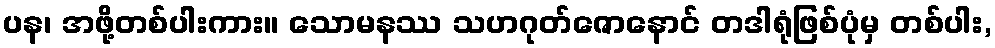
ပန၊ အဖို့တစ်ပါးကား။ သောမနဿ သဟဂုတ်ဇောနောင် တဒါရုံဖြစ်ပုံမှ တစ်ပါး,